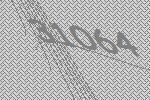
31064